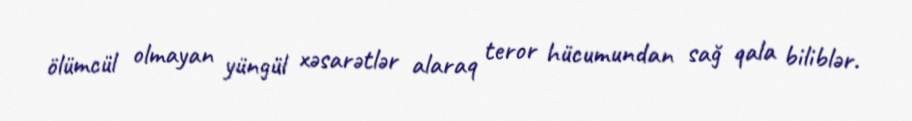
ölümcül olmayan yüngül xəsarətlər alaraq teror hücumundan sağ qala biliblər.